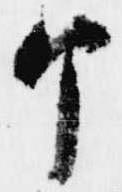
个